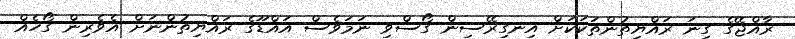
ރާއްޖޭގެ ގިނަ ރައްޔިތުންތަކަކަށް އިނގިރޭސިން ގޯސްވި ނަމަވެސް އައްޑޫގެ ރައްޔިތުންނަށް އެވެރިން ގޯހެއް